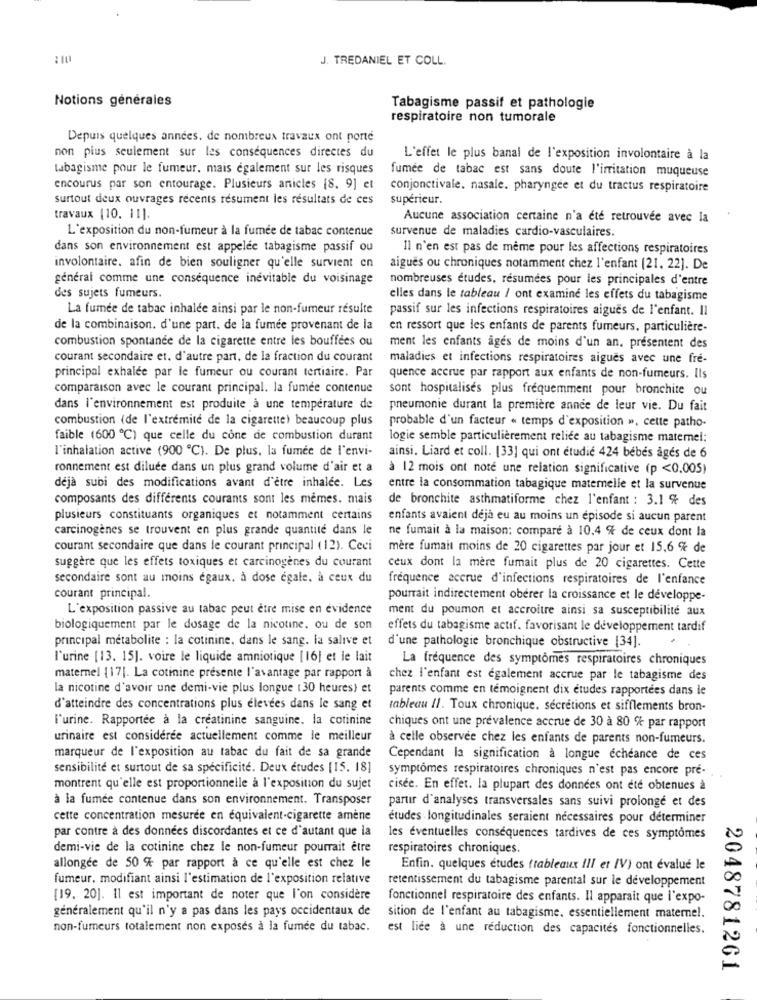
:10
J. TREDANIEL ET COLL.
Notions générales
Tabagisme passif et pathologie
respiratoire non tumorale
Depuis quelques années. de nombreux travaux ont porte
non plus seulement sur les conséquences directes du
L'effet le plus banal de l'exposition involontaire à la
tabagisme pour le fumeur. mais également sur les risques
fumée de tabac est sans doute l'irritation muqueuse
encourus par son entourage. Plusieurs anicles (8. 9] et
conjonctivale. nasale. pharyngée et du tractus respiratoire
surtout deux ouvrages récents résument les résultats de ces
supérieur.
travaux (10. 11].
Aucune association certaine n'a été retrouvée avec la
L'exposition du non-fumeur à la fumée de tabac contenue
survenue de maladies cardio-vasculaires.
dans son environnement est appelée tabagisme passif ou
Il n'en est pas de même pour les affections respiratoires
involontaire. afin de bien souligner qu'elle survient en
aigues ou chroniques notamment chez l'enfant (21. 22]. De
général comme une conséquence inévitable du voisinage
nombreuses études, résumées pour les principales d'entre
des sujets fumeurs.
elles dans le tableau / ont examine les effets du tabagisme
La fumée de tabac inhalee ainsi par le non-fumeur resulte
passif sur les infections respiratoires aiguës de l'enfant. Il
de la combinaison. d'une part. de la fumée provenant de la
en ressort que les enfants de parents fumeurs, particulière-
combustion spontanée de la cigarette entre les bouffées ou
ment les enfants ages de moins d'un an, présentent des
courant secondaire et, d'autre part, de la fraction du courant
maladies et infections respiratoires aigues avec une fre-
principal exhalée par le fumeur ou courant tertiaire. Par
quence accrue par rapport aux enfants de non-fumeurs. Ils
comparaison avec le courant principal. la fumée contenue
sont hospitalises plus fréquemment pour bronchite ou
dans l'environnement est produite à une température de
pneumonie durant la première année de leur vie. Du fait
combustion (de l'extrémité de la cigarette) beaucoup plus
probable d'un facteur . temps d'exposition ». cette patho-
faible (600 ℃) que celle du cone de combustion durant
logie semble particulièrement reliée au tabagisme matemel:
l'inhalation active (900 ℃). De plus, la fumée de l'envi-
ainsi. Liard et coll. [33] qui ont étudié 424 bébés âgés de 6
ronnement est diluce dans un plus grand volume d'air et a
à 12 mois ont note une relation significative (p <0.005)
déjà subi des modifications avant d'être inhalée. Les
entre la consommation tabagique maternelle et la survenue
composants des différents courants sont les mêmes. mais
de bronchite asthmatiforme chez l'enfant : 3.1 % des
plusieurs constituants organiques et notamment certains
enfants avaient deja eu au moins un episode si aucun parent
carcinogènes se trouvent en plus grande quantité dans le
ne fumait à la maison: compare à 10.4 % de ceux dont la
courant secondaire que dans le courant principal (12). Ceci
mère fumait moins de 20 cigarettes par jour et 15,6 % de
suggère que les effets toxiques et carcinogènes du courant
ceux dont la mère fumait plus de 20 cigarettes. Cette
secondaire sont au moins egaux, à dose égale. à ceux du
fréquence accrue d'infections respiratoires de l'enfance
courant principal.
pourrait indirectement obérer la croissance et le développe-
L'exposition passive au tabac peut etre mise en evidence
ment du poumon et accroitre ainsi sa susceptibilité aux
biologiquement par le dosage de la nicotine. ou de son
effets du tabagisme actif. favorisant le développement tardif
principal metabolite : la cotinine, dans le sang. la salive et
d'une pathologie bronchique obstructive [34].
l'urine [13. 15]. voire le liquide amniotique [16] et le lait
La fréquence des symptômes respiratoires chroniques
maternel [17]. La cotinine présente l'avantage par rapport à
chez l'enfant est également accrue par le tabagisme des
la nicotine d'avoir une demi-vie plus longue (30 heures) et
parents comme en témoignent dix etudes rapportées dans le
d'atteindre des concentrations plus élevées dans le sang et
tableau 11. Toux chronique. sécrétions et sifflements bron-
l'urine. Rapportée à la créatinine sanguine. la cotinine
chiques ont une prevalence accrue de 30 à 80 % par rapport
urinaire est considérée actuellement comme le meilleur
à celle observée chez les enfants de parents non-fumeurs.
marqueur de l'exposition au tabac du fait de sa grande
Cependant la signification à longue échéance de ces
sensibilité et surtout de sa spécificité. Deux études [15. 18]
symptômes respiratoires chroniques n'est pas encore pre-
montrent qu'elle est proportionnelle à l'exposition du sujet
cisee. En effet. la plupart des données ont été obtenues à
à la fumée contenue dans son environnement. Transposer
partir d'analyses transversales sans suivi prolongé et des
cette concentration mesurée en équivalent-cigarette amène
études longitudinales seraient nécessaires pour déterminer
par contre à des données discordantes et ce d'autant que la
les éventuelles conséquences tardives de ces symptômes
demi-vie de la cotinine chez le non-fumeur pourrait être
respiratoires chroniques.
allongée de 50 % par rapport à ce qu'elle est chez le
Enfin. quelques études (tableaux !!! et /V) ont évalué le
fumeur, modifiant ainsi l'estimation de l'exposition relative
retentissement du tabagisme parental sur le développement
[19. 20]. Il est important de noter que l'on considère
fonctionnel respiratoire des enfants. Il apparait que l'expo-
généralement qu'il n'y a pas dans les pays occidentaux de
sition de l'enfant au tabagisme, essentiellement maternel.
non-fumeurs totalement non exposés à la fumée du tabac.
est liée à une réduction des capacités fonctionnelles.
2048781261